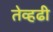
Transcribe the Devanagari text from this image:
तेव्हढी